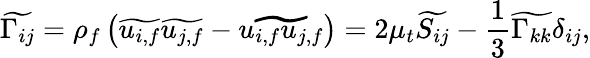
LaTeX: \widetilde{\Gamma_{ij}}=\rho_{f}\left(\widetilde{u_{i,f}}\widetilde{u_{j,f}}-\widetilde{u_{i,f}u_{j,f}}\right)=2\mu_{t}\widetilde{S_{ij}}-\frac{1}{3}\widetilde{\Gamma_{kk}}\delta_{ij},